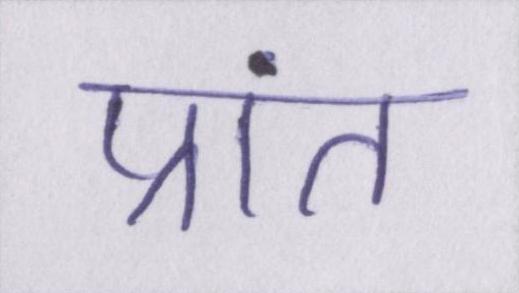
प्रांत